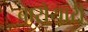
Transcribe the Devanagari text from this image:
बारोयारी